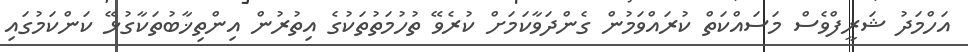
އަހްމަދު ޝަރީފްވެސް މަސައްކަތް ކުރައްވަމުން ގެންދަވާކަމަށް ކުރެވޭ ތުހުމަތުތަކުގެ އިތުރުން އިންތިޚާބުތަކާގުޅޭ ކަންކަމުގައި